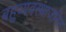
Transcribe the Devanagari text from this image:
बहुव्यवस्थाजनित